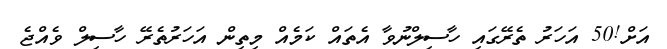
އަށް!50 އަހަރު ތެރޭގައި ހާސިލްނުވާ އެތައް ކަމެއް މިތިން އަހަރުތެރޭ ހާސިލް ވެއްޖެ